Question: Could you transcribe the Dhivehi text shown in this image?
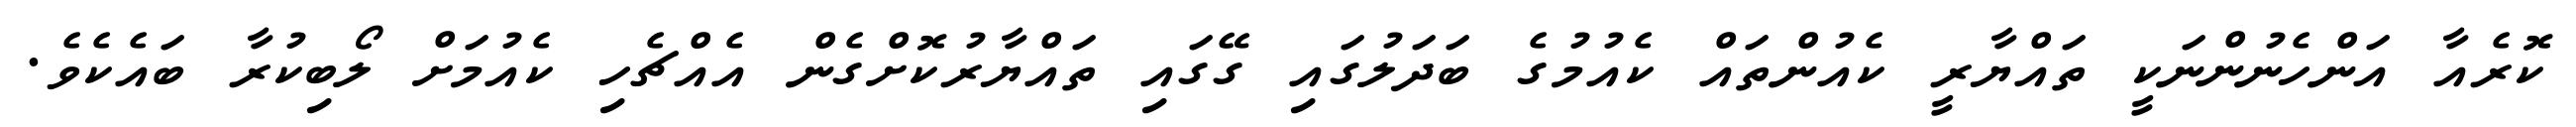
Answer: ކޮރެއާ އަންހެނުންނަކީ ތައްޔާރީ ކެއުންތައް ކެއުމުގެ ބަދަލުގައި ގޭގައި ތައްޔާރުކޮށްގެން އެއްޗެހި ކެއުމަށް ލޯބިކުރާ ބައެކެވެ.